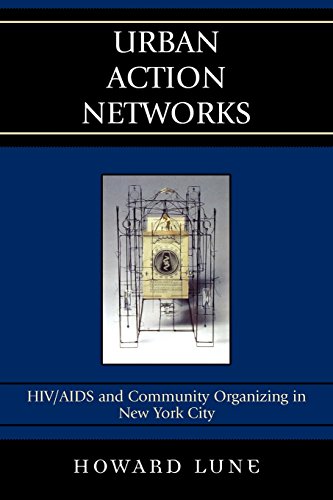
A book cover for Urban Action Networks: HIV/AIDS and Community Organizing in New York City; Howard Lune; Health, Fitness & Dieting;